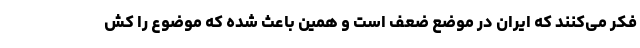
فکر می‌کنند که ایران در موضع ضعف است و همین باعث شده که موضوع را کش